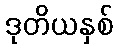
ဒုတိယနှစ်